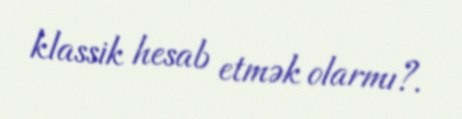
klassik hesab etmək olarmı?.